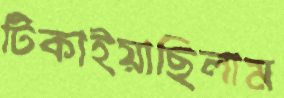
টিকাইয়াছিলাম